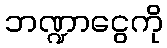
ဘဏ္ဍာငွေကို